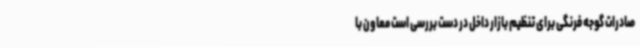
صادرات گوجه فرنگی برای تنظیم بازار داخل در دست بررسی است معاون با